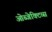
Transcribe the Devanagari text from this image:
ओब्जेक्टिव्स